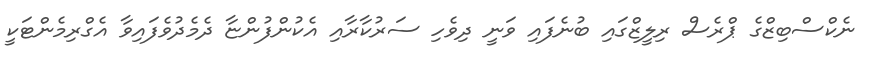
ނެކްސްބިޒްގެ ޕްރެސް ރިލީޒްގައި ބުނެފައި ވަނީ ދިވެހި ސަރުކާރާއި އެކުންފުންޏާ ދެމެދުވެފައިވާ އެގްރިމެންޓަކީ